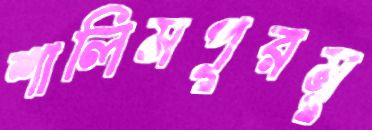
শালিমপুরমূ